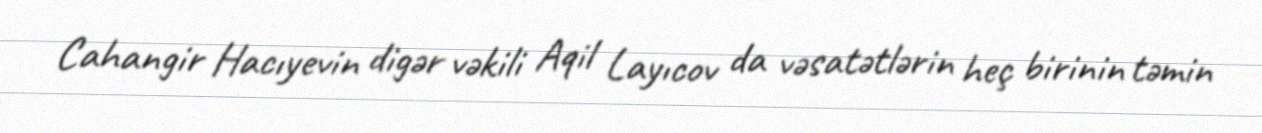
Cahangir Hacıyevin digər vəkili Aqil Layıcov da vəsatətlərin heç birinin təmin